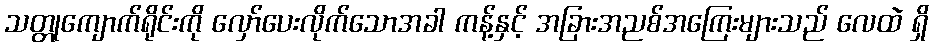
သတ္တုကျောက်ရိုင်းကို လှော်ပေးလိုက်သောအခါ ကန့်နှင့် အခြားအညစ်အကြေးများသည် လေထဲ ရှိ